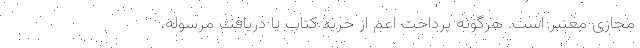
مجازی معتبر است. هرگونه پرداخت اعم از خرید کتاب یا دریافت مرسوله،